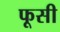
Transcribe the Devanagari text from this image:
फूसी